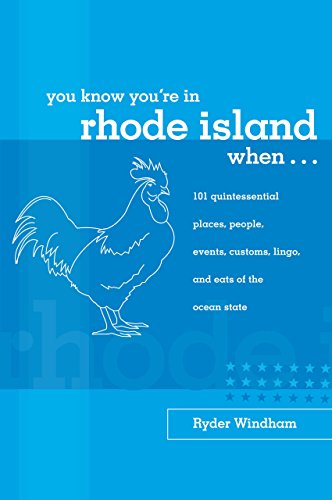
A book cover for You Know You're in Rhode Island When...: 101 Quintessential Places, People, Events, Customs, Lingo, and Eats of the Ocean State (You Know You're In Series); Ryder Windham; Travel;